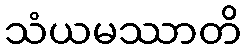
သံယမဿာတိ